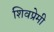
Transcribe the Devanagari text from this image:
शिवप्रेमी